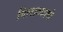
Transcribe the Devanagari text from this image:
गिलाव्याचे